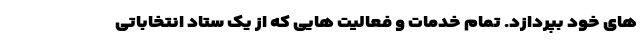
های خود بپردازد. تمام خدمات و فعالیت هایی که از یک ستاد انتخاباتی